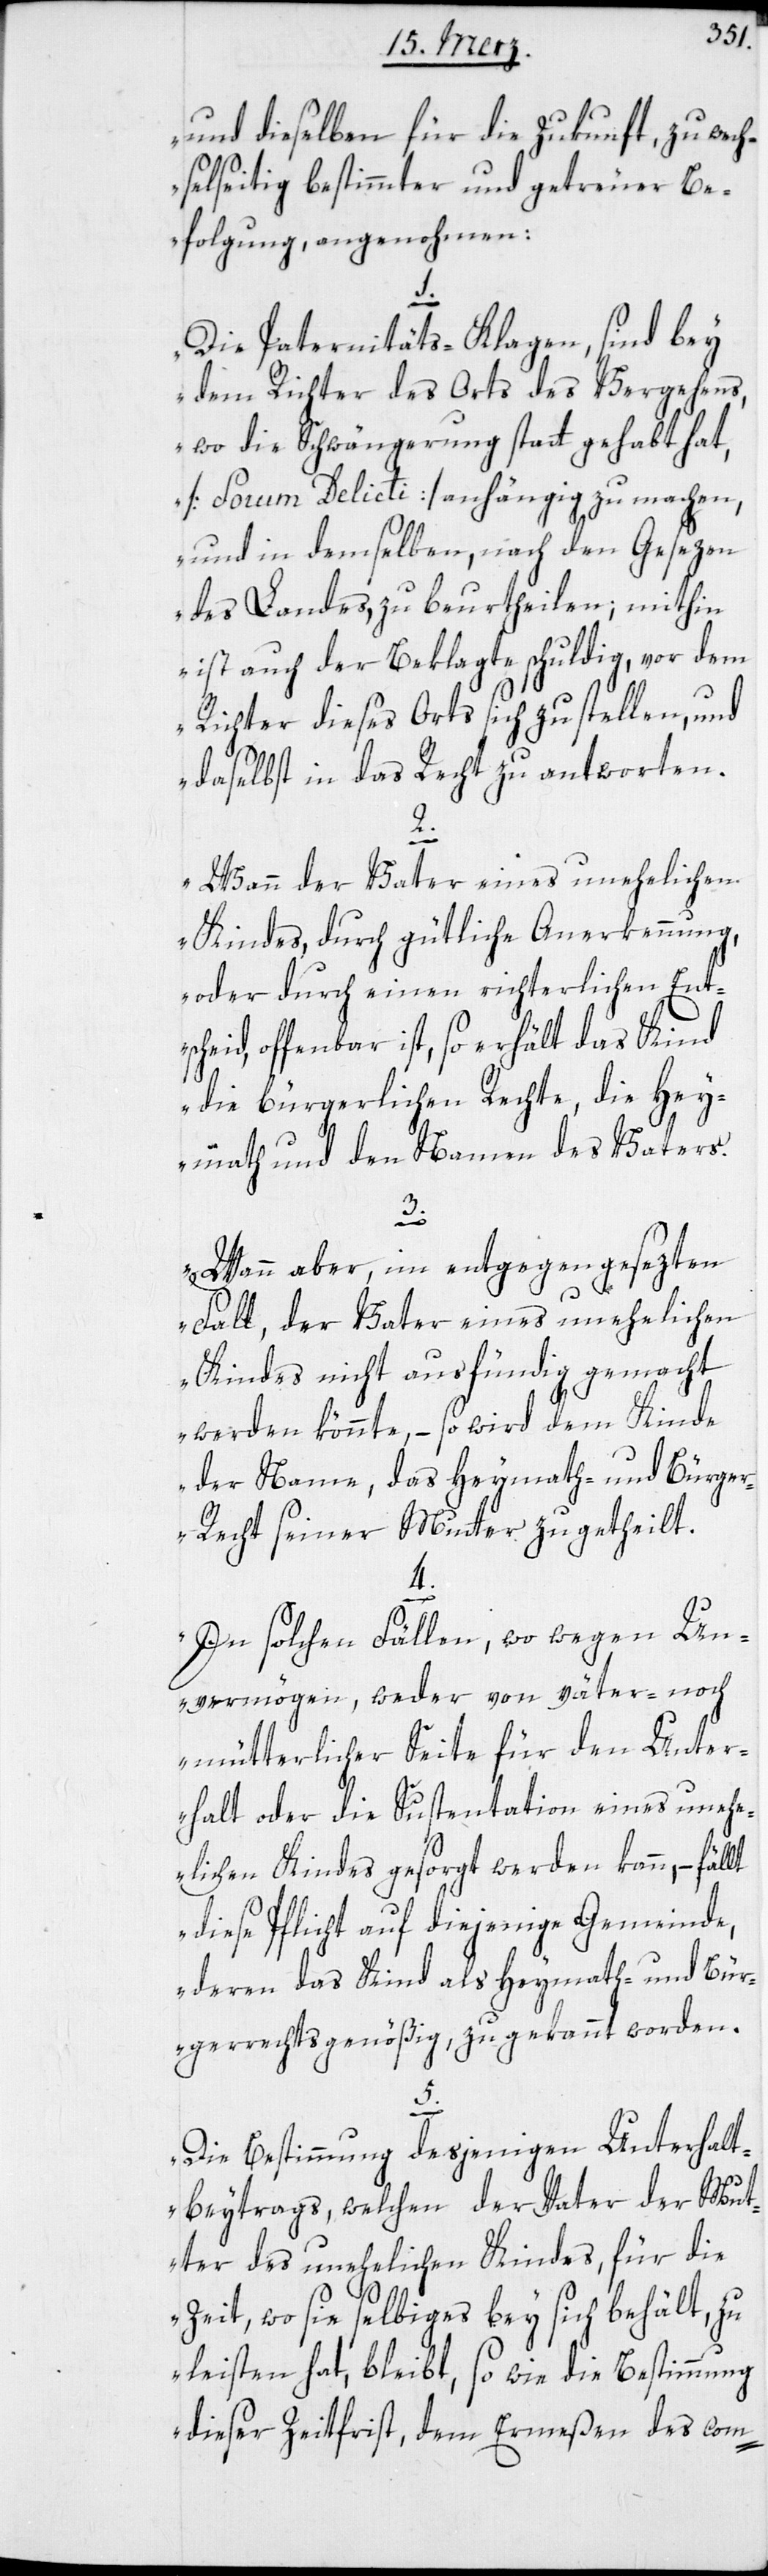
und dieselben für die Zukunft, zu wech¬
selseitig bestimmter und getreuer Be¬
folgung angenohmen:
1.
Die Paternitäts-Klagen, sind bey
dem Richter des Orts des Vergehens,
wo die Schwängerung statt gehabt hat,
[Forum Delicti] anhängig zu machen,
und in demselben, nach den Gesezen
des Landes, zu beurtheilen; mithin
ist auch der Beklagte schuldig, vor dem
Richter dieses Orts sich zu stellen, und
daselbst in das Recht zu antworten.
2.
Wann der Vater eines unehelichen
Kindes, durch gütliche Anerkennung,
oder durch einen richterlichen Ent¬
scheid offenbar ist, so erhält das Kind
die bürgerlichen Rechte, die Hey¬
math und den Namen des Vaters.
5.
Wann aber, im entgegengesezten
Fall, der Vater eines unehelichen
Kindes nicht ausfündig gemacht
werden könnte, – so wird dem Kinde
der Name, das Heymath- und Bürger¬
recht seiner Mutter zugetheilt.
4.
In solchen Fällen, wo wegen Un¬
vermögen, wegen von väter- noch
mütterlicher Seite für den Unter¬
halt oder die Sustentation eines unehe¬
lichen Kindes gesorgt werden kann, – fällt
diese Pflicht auf diejenige Gemeinde,
deren das Kind als Heymath- und Bür¬
gerrechtsgenößig zugekannt worden.
Die Bestimmung desjenigen Unterhalt¬
beytrags, welchen der Vater der Mut¬
ter des unehelichen Kindes, für die
Zeit, wo sie selbiges bey sich behält, zu
leisten hat, bleibt, so wie die Bestimmung
dieser Zeitfrist, dem Ermeßen des com-